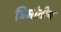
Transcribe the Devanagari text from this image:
त्रिमीतीय